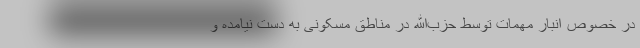
در خصوص انبار مهمات توسط حزب‌الله در مناطق مسکونی به دست نیامده و